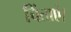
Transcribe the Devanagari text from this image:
चिंताएं।